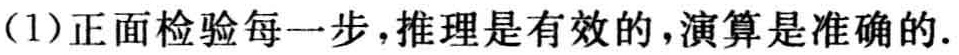
（1）正面检验每一步，推理是有效的，演算是准确的.